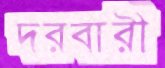
দরবারী